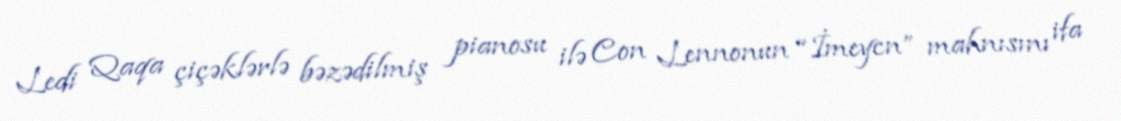
Ledi Qaqa çiçəklərlə bəzədilmiş pianosu ilə Con Lennonun “İmeycn” mahnısını ifa